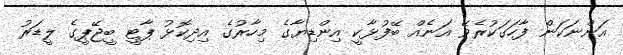
އަންނަކަން ފާހަގަކުރެވޭ އަނެއް ބޭފުޅާކީ އިންޑިޔާގެ މިހާރުގެ އިދިކޮޅު ޕާޓީ ބީޖޭޕީގެ ލީޑަރު